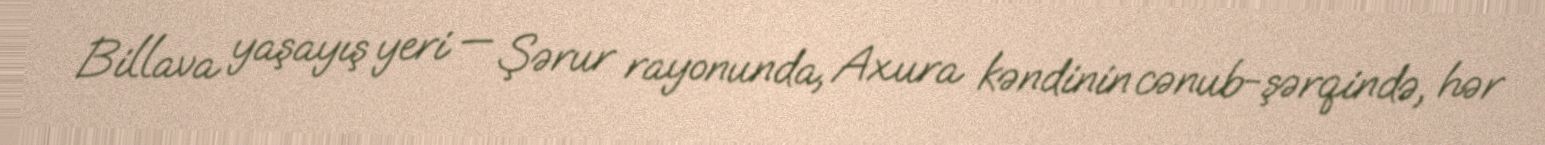
Billava yaşayış yeri — Şərur rayonunda, Axura kəndinin cənub-şərqində, hər